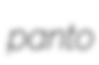
panto